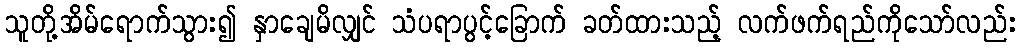
သူတို့အိမ်ရောက်သွား၍ နှာချေမိလျှင် သံပရာပွင့်ခြောက် ခတ်ထားသည့် လက်ဖက်ရည်ကိုသော်လည်း